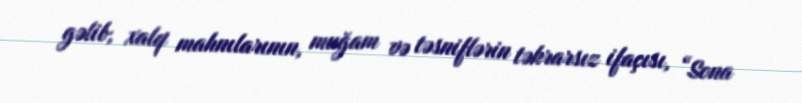
gəlib, xalq mahnılarının, muğam və təsniflərin təkrarsız ifaçısı, “Sona